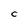
Character: C